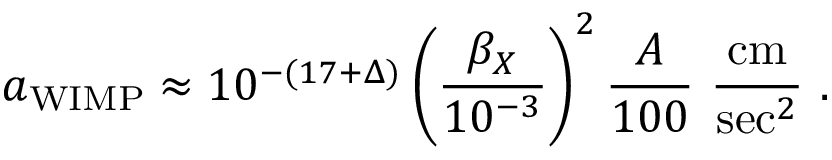
a _ { \mathrm { W I M P } } \approx 1 0 ^ { - ( 1 7 + \Delta ) } \left( \frac { \beta _ { X } } { 1 0 ^ { - 3 } } \right) ^ { 2 } \frac { A } { 1 0 0 } ~ \frac { \mathrm { c m } } { \mathrm { s e c } ^ { 2 } } ~ .